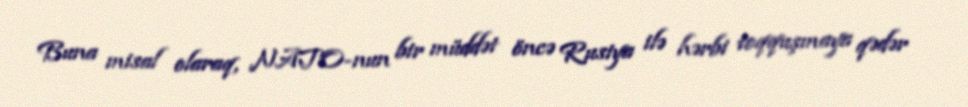
Buna misal olaraq, NATO-nun bir müddət öncə Rusiya ilə hərbi toqquşmaya qədər